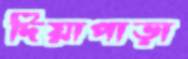
দিয়াপাড়া